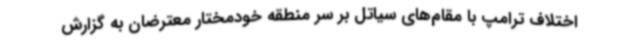
اختلاف ترامپ با مقام‌های سیاتل بر سر منطقه خودمختار معترضان به گزارش